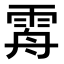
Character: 𩂤